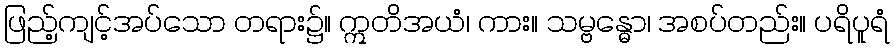
ဖြည့်ကျင့်အပ်သော တရား၌။ ဣတိအယံ၊ ကား။ သမ္ဗန္ဓော၊ အစပ်တည်း။ ပရိပူရံ